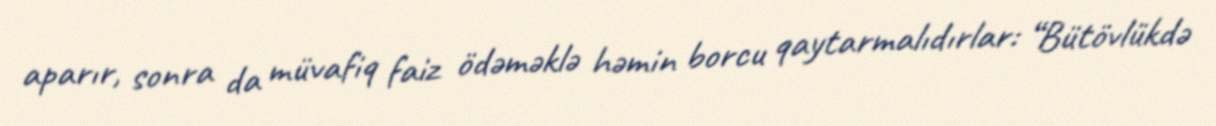
aparır, sonra da müvafiq faiz ödəməklə həmin borcu qaytarmalıdırlar: “Bütövlükdə